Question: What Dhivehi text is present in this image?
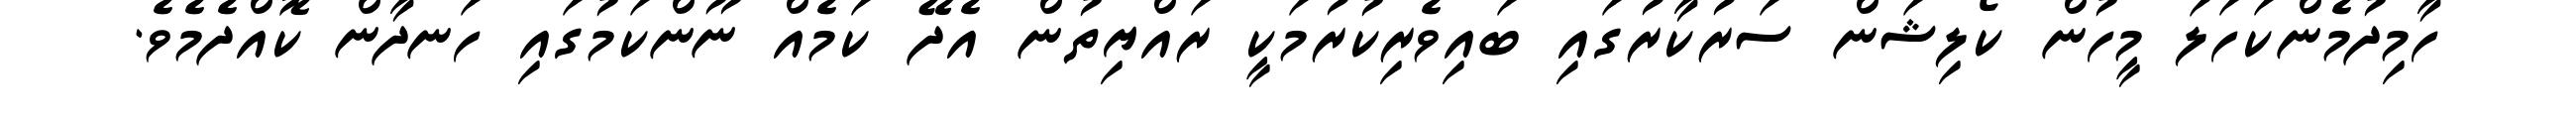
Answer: ހާމިދުމެންކަހަލަ މީހުން ކޯލިޝަން ސަރުކާރުގައި ބައިވެރިކުރުމަކީ ރައްޔިތުން އެދޭ ކަމެއް ނޫންކަމުގައި ހަނދާން ކޮއްދެމެވެ.